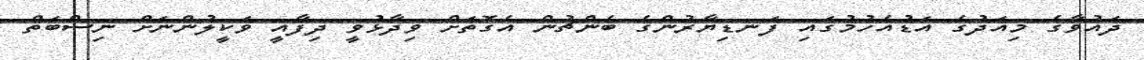
ދައުވާގެ މިއަދުގެ އަޑުއެހުމުގައި ފަނޑިޔާރުންގެ ބެންޗުން އެގޮތަށް ވިދާޅުވީ ދިފާއީ ވަކީލުންނަށް ނިސްބަތް